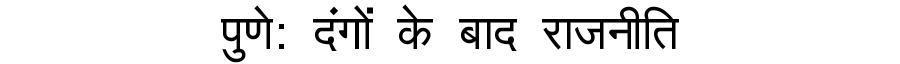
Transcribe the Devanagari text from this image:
पुणे: दंगों के बाद राजनीति